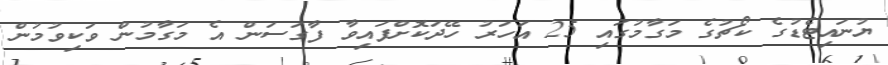
ޔުނައިޓެޑުގެ ކޯޗުގެ މަގާމުގައި 25 އަހަރު ހޭދަކޮށްފައިވާ ފާގަސަން އެ މަގާމުން ވަކިވުމުން